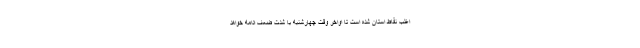
اغلب نقاط استان شده است تا اواخر وقت چهارشنبه با شدت ضعف ادامه خواهد